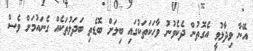
އޭނާ ވިދާޅުވީ އެގޮތުން ދެކެވުނު ވާހަކަތަކުގައި ބިލަށް ބޮޑެތި ބަދަލުތަކެއް ގެނައުމަށް ވެސް